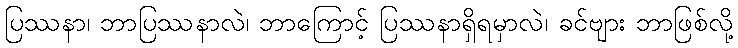
ပြဿနာ၊ ဘာပြဿနာလဲ၊ ဘာကြောင့် ပြဿနာရှိရမှာလဲ၊ ခင်ဗျား ဘာဖြစ်လို့